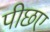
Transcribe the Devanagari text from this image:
पीछए